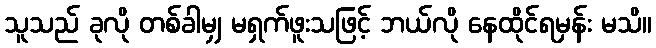
သူသည် ခုလို တစ်ခါမျှ မရှက်ဖူးသဖြင့် ဘယ်လို နေထိုင်ရမှန်း မသိ။